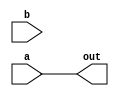
`timescale 1ns / 1ps

module four_and(a, b, out);

input [7:0]a;
input [7:0]b;
output [7:0]out;

and  zero(out[0], a[0]);
and one(out[1], a[1]);
and two(out[2], a[2]);
and three(out[3], a[3]);
and four(out[4], a[4]);
and five(out[5], a[5]);
and six(out[6], a[6]);
and seven(out[7], a[7]);
endmodule
// When 0000 and 0000 at end, get 1111. Why?